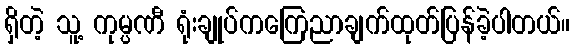
ရှိတဲ့ သူ့ ကုမ္ပဏီ ရုံးချုပ်ကကြေညာချက်ထုတ်ပြန်ခဲ့ပါတယ်။